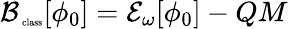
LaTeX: {\cal B_{\mathrm{\tiny~class}}}[\phi_{0}]={\cal E}_{\omega}[\phi_{0}]-QM